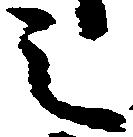
之